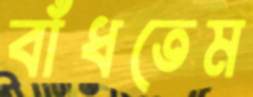
বাঁধতেম